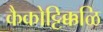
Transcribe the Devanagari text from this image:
कैकोट्टिक्कळि